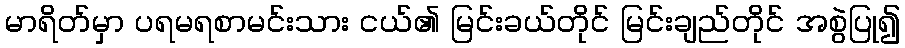
မာရိတ်မှာ ပရမရစာမင်းသား ငယ်၏ မြင်းခယ်တိုင် မြင်းချည်တိုင် အစွဲပြု၍